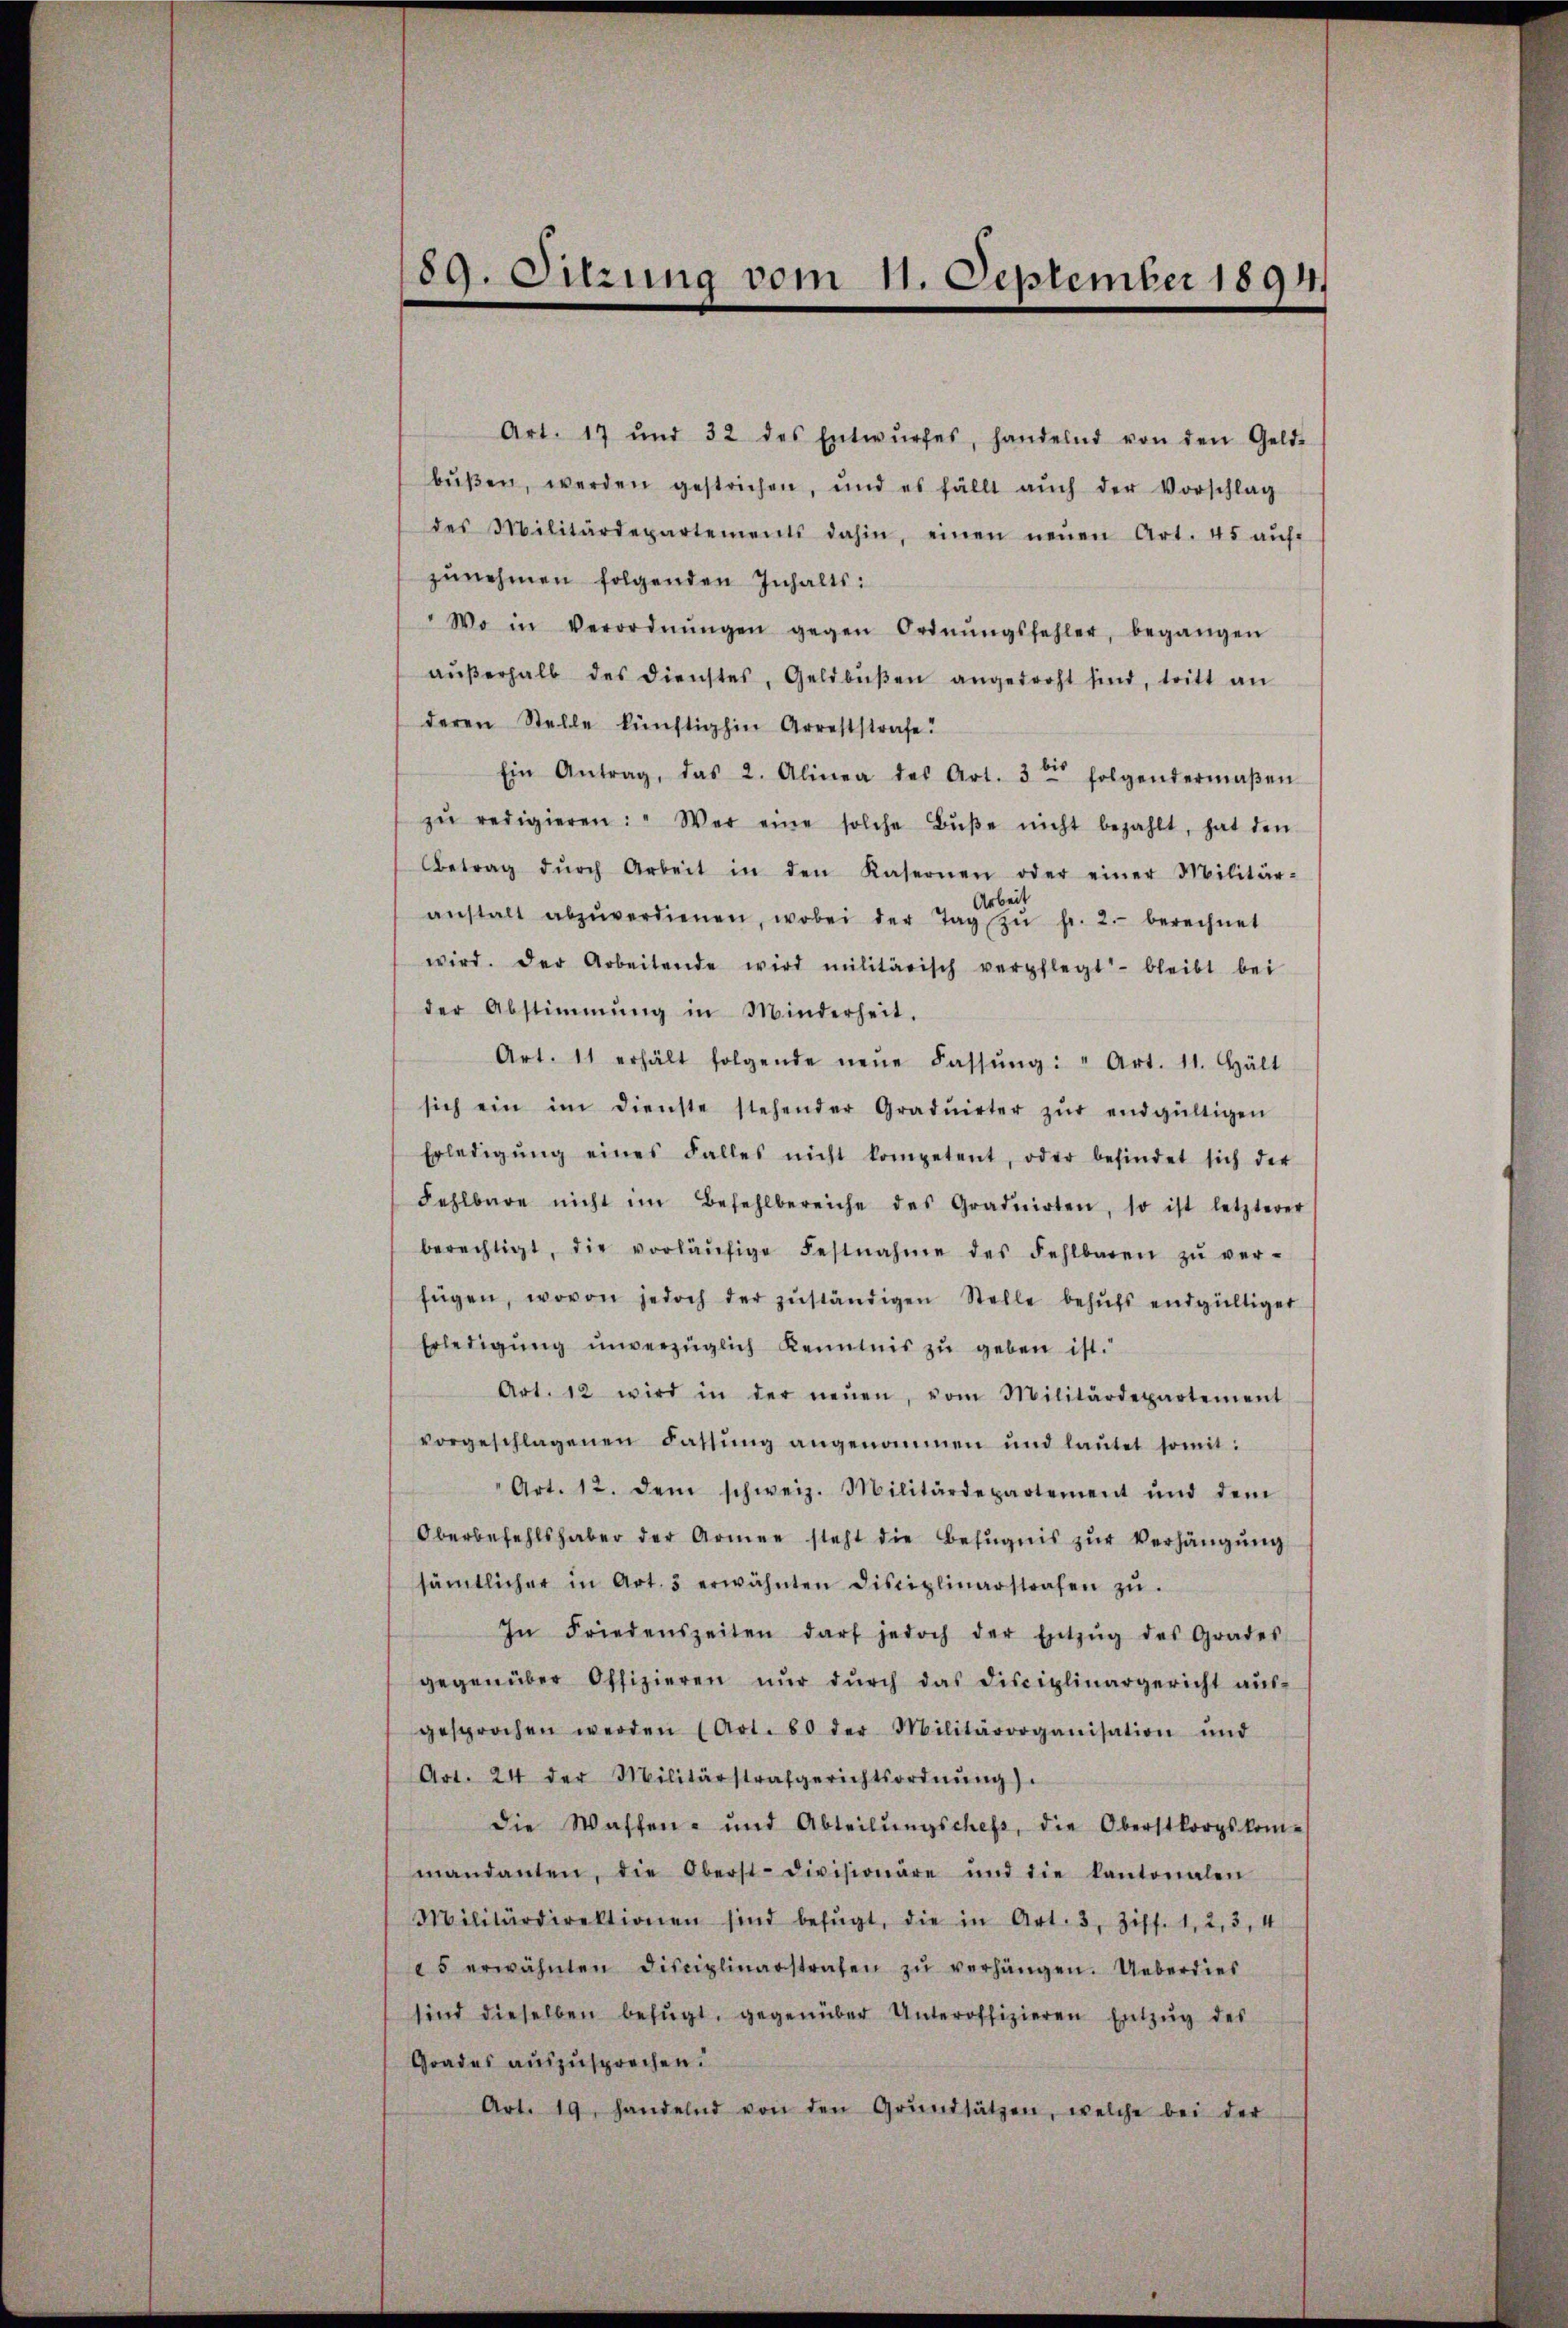
89. Sitzung vom 11. September 1894.

Art. 17 und 32 des Entwŭrfes, handelnd von den Geld-
bŭβen, werden gestrichen, und es fällt aŭch der Vorschlag
des Militärdepartements dahin, einen neŭen Art. 45 aŭf
zŭnehmen folgenden Inhalts:
Wo in Verordnŭngen gegen Ordnŭngsfehler, begangen
aŭβerhalb des Dienstes, Geldbŭβen angedroht sind, tritt an
deren Stelle künftighin Arreststrafe.
Ein Antrag, das 2. Alinea des Art. 3te folgendermaβen
zŭ redigieren: "Wer eine solche Bŭβe nicht bezahlt, hat den
Betrag dŭrch Arbeit in den Kasernen oder einer Militär-
Arbeit
anstalt abzŭverdienen, wobei der Tag zŭ fr. 2. berechnet
wird. Der Arbeitende wird militärisch verpflegt bleibt bei
der Abstimmung in Minderheit.
Art. 11 erhält folgende neŭe Fassŭng: " Art. 11. hält
sich ein im Dienste stehender Graduirter zŭr endgültigen
Erledigŭng eines Falles nicht kompetent, oder befindet sich der
Fehlbare nicht im Befehlbereiche des Graduirten, so ist letzterer
berechtigt, die vorläŭfige Festnahme des Fehlbaren zŭ ver-
fügen, wovon jedoch der zŭständigen Stelle behŭfs endgültiger
Erledigŭng unverzüglich Kenntnis zu geben ist.
Art. 12 wird in der neŭen, vom Militärdepartement
vorgeschlagenen Fassŭng angenommen und laŭtet somit:
Art. 12. dem schweiz. Militärdepartement und dem
Oberbefehlshaber der Armee steht die Befugnis zŭr Verhängung
sämtlicher in Art. 3 erwähnten Disciplinarstrafen zŭ
In Friedenszeiten darf jedoch der Entzŭg des Grades
gegenüber Offizieren nŭr dŭrch das Disciplinargericht aŭs-
gesprochen werden (Art. 80 der Militärorganisation und
Art. 24 der Militärstrafgerichtsordnŭng.
die Waffen- und Abteilŭngschefs, die Oberstkorpskom-
mandanten, die Oberst-Divisionäre und die kantonalen
Militärdirektionen sind befŭgt, die in Art. 3, Ziff. 1, 2, 3, 4
5 erwähnten Disciplinarstrafen zŭ verhängen. Ueberdies
sind dieselben befŭgt, gegenüber Unteroffizieren Entzŭg des
Grades auszusprechen.
Art. 19. handelnd von den Grundsätzen, welche bei der